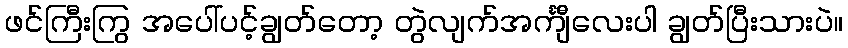
ဖင်ကြီးကြွ အပေါ်ပင့်ချွတ်တော့ တွဲလျက်အင်္ကျီလေးပါ ချွတ်ပြီးသားပဲ။